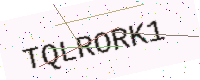
Text: TQLRORK1